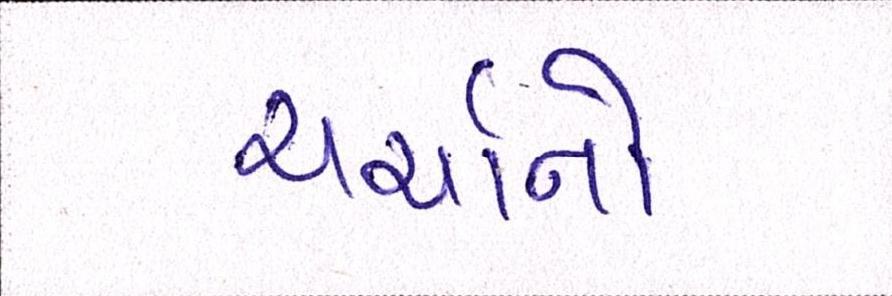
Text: ચર્ચાનો